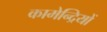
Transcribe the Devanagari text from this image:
कामेन्द्रियों